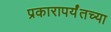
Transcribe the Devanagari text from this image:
प्रकारापर्यंतच्या